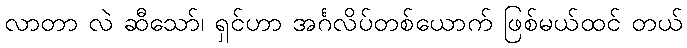
လာတာ လဲ ဆီသော်၊ ရှင်ဟာ အင်္ဂလိပ်တစ်ယောက် ဖြစ်မယ်ထင် တယ်